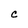
Character: C